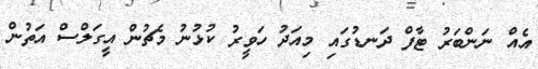
އެއް ނަންބަރު ޓާފް ދަނޑުގައި މިއަދު ހަވީރު ކުޅުނު މެޗުން އީގަލްސް އަތުން